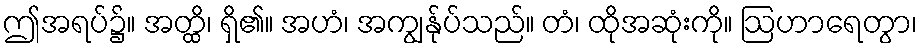
ဤအရပ်၌။ အတ္ထိ၊ ရှိ၏။ အဟံ၊ အကျွန်ုပ်သည်။ တံ၊ ထိုအဆုံးကို။ ဩဟာရေတွာ၊